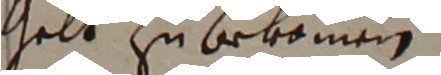
gelt zu bekomen